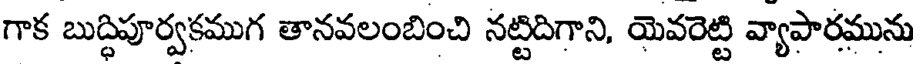
గాక బుద్ధిపూర్వకముగ తానవలంబించి నట్టిదిగాని, యెవరెట్టి వ్యాపారమును